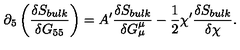
\partial _ { 5 } \left( \frac { \delta S _ { b u l k } } { \delta G _ { 5 5 } } \right) = A ^ { \prime } \frac { \delta S _ { b u l k } } { \delta G _ { \mu } ^ { \mu } } - \frac { 1 } { 2 } \chi ^ { \prime } \frac { \delta S _ { b u l k } } { \delta \chi } .